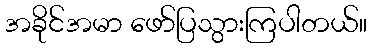
အခိုင်အမာ ဖော်ပြသွားကြပါတယ်။